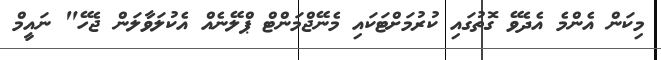
މިކަން އެންމެ އެދެވޭ ގޮތުގައި ކުރުމަށްޓަކައި މެނޭޖްމަންޓް ޕްލޭނެއް އެކުލަވާލަން ޖެހޭ" ނައީމް